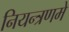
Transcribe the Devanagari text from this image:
नियन्त्रणमे